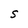
Character: S